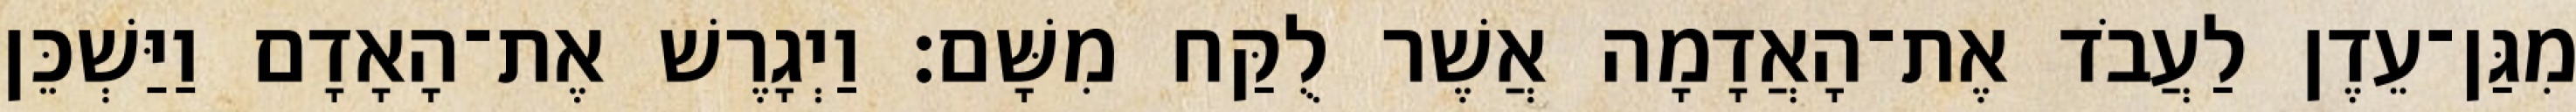
מִגַּן־עֵדֶן לַעֲבֹד אֶת־הָאֲדָמָה אֲשֶׁר לֻקַּח מִשָּׁם׃ וַיְגָרֶשׁ אֶת־הָאָדָם וַיַּשְׁכֵּן